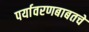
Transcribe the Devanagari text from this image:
पर्यावरणबाबतचे